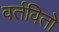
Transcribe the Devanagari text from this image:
वर्तवितो